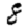
Digit: 8